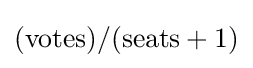
({\text{votes}})/({\text{seats}}+1)